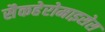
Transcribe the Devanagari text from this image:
सैकहेरोमाइसेस